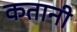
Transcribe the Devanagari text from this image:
कतानी